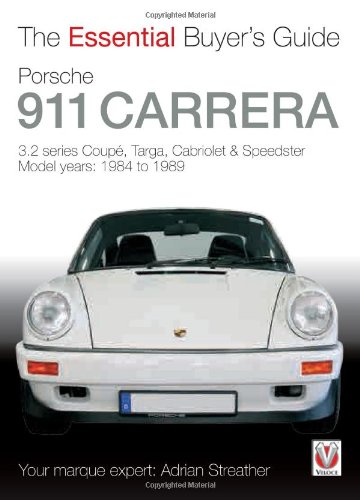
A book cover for Porsche 911 Carrera 3.2: Coupe, Targa, Cabriolet & Speedster: model years 1984 to 1989 (The Essential Buyer's Guide); Adrian Streather; Engineering & Transportation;